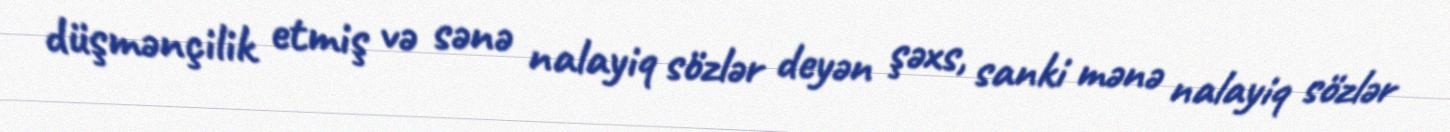
düşmənçilik etmiş və sənə nalayiq sözlər deyən şəxs, sanki mənə nalayiq sözlər